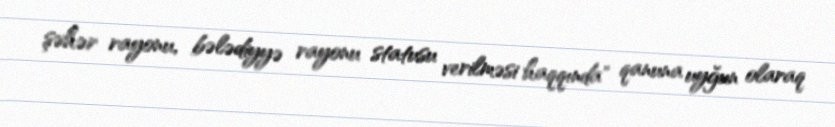
şəhər rayonu, bələdiyyə rayonu statusu verilməsi haqqında" qanuna uyğun olaraq